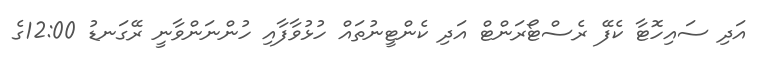
އަދި ސައިހޮޓާ ކެފޭ ރެސްޓޯރަންޓް އަދި ކެންޓީނުތައް ހުޅުވާފާއި ހުންނަންވާނީ ރޭގަނޑު 12:00ގެ